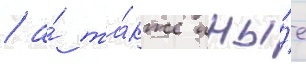
/ а́ та́кже ины́е